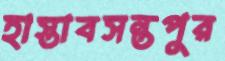
হাস্তাবসন্তপুর